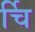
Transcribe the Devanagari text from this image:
र्चि